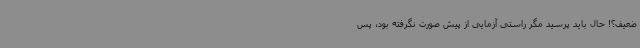
ضعیف؟! حال باید پرسید مگر راستی آزمایی از پیش صورت نگرفته بود، پس